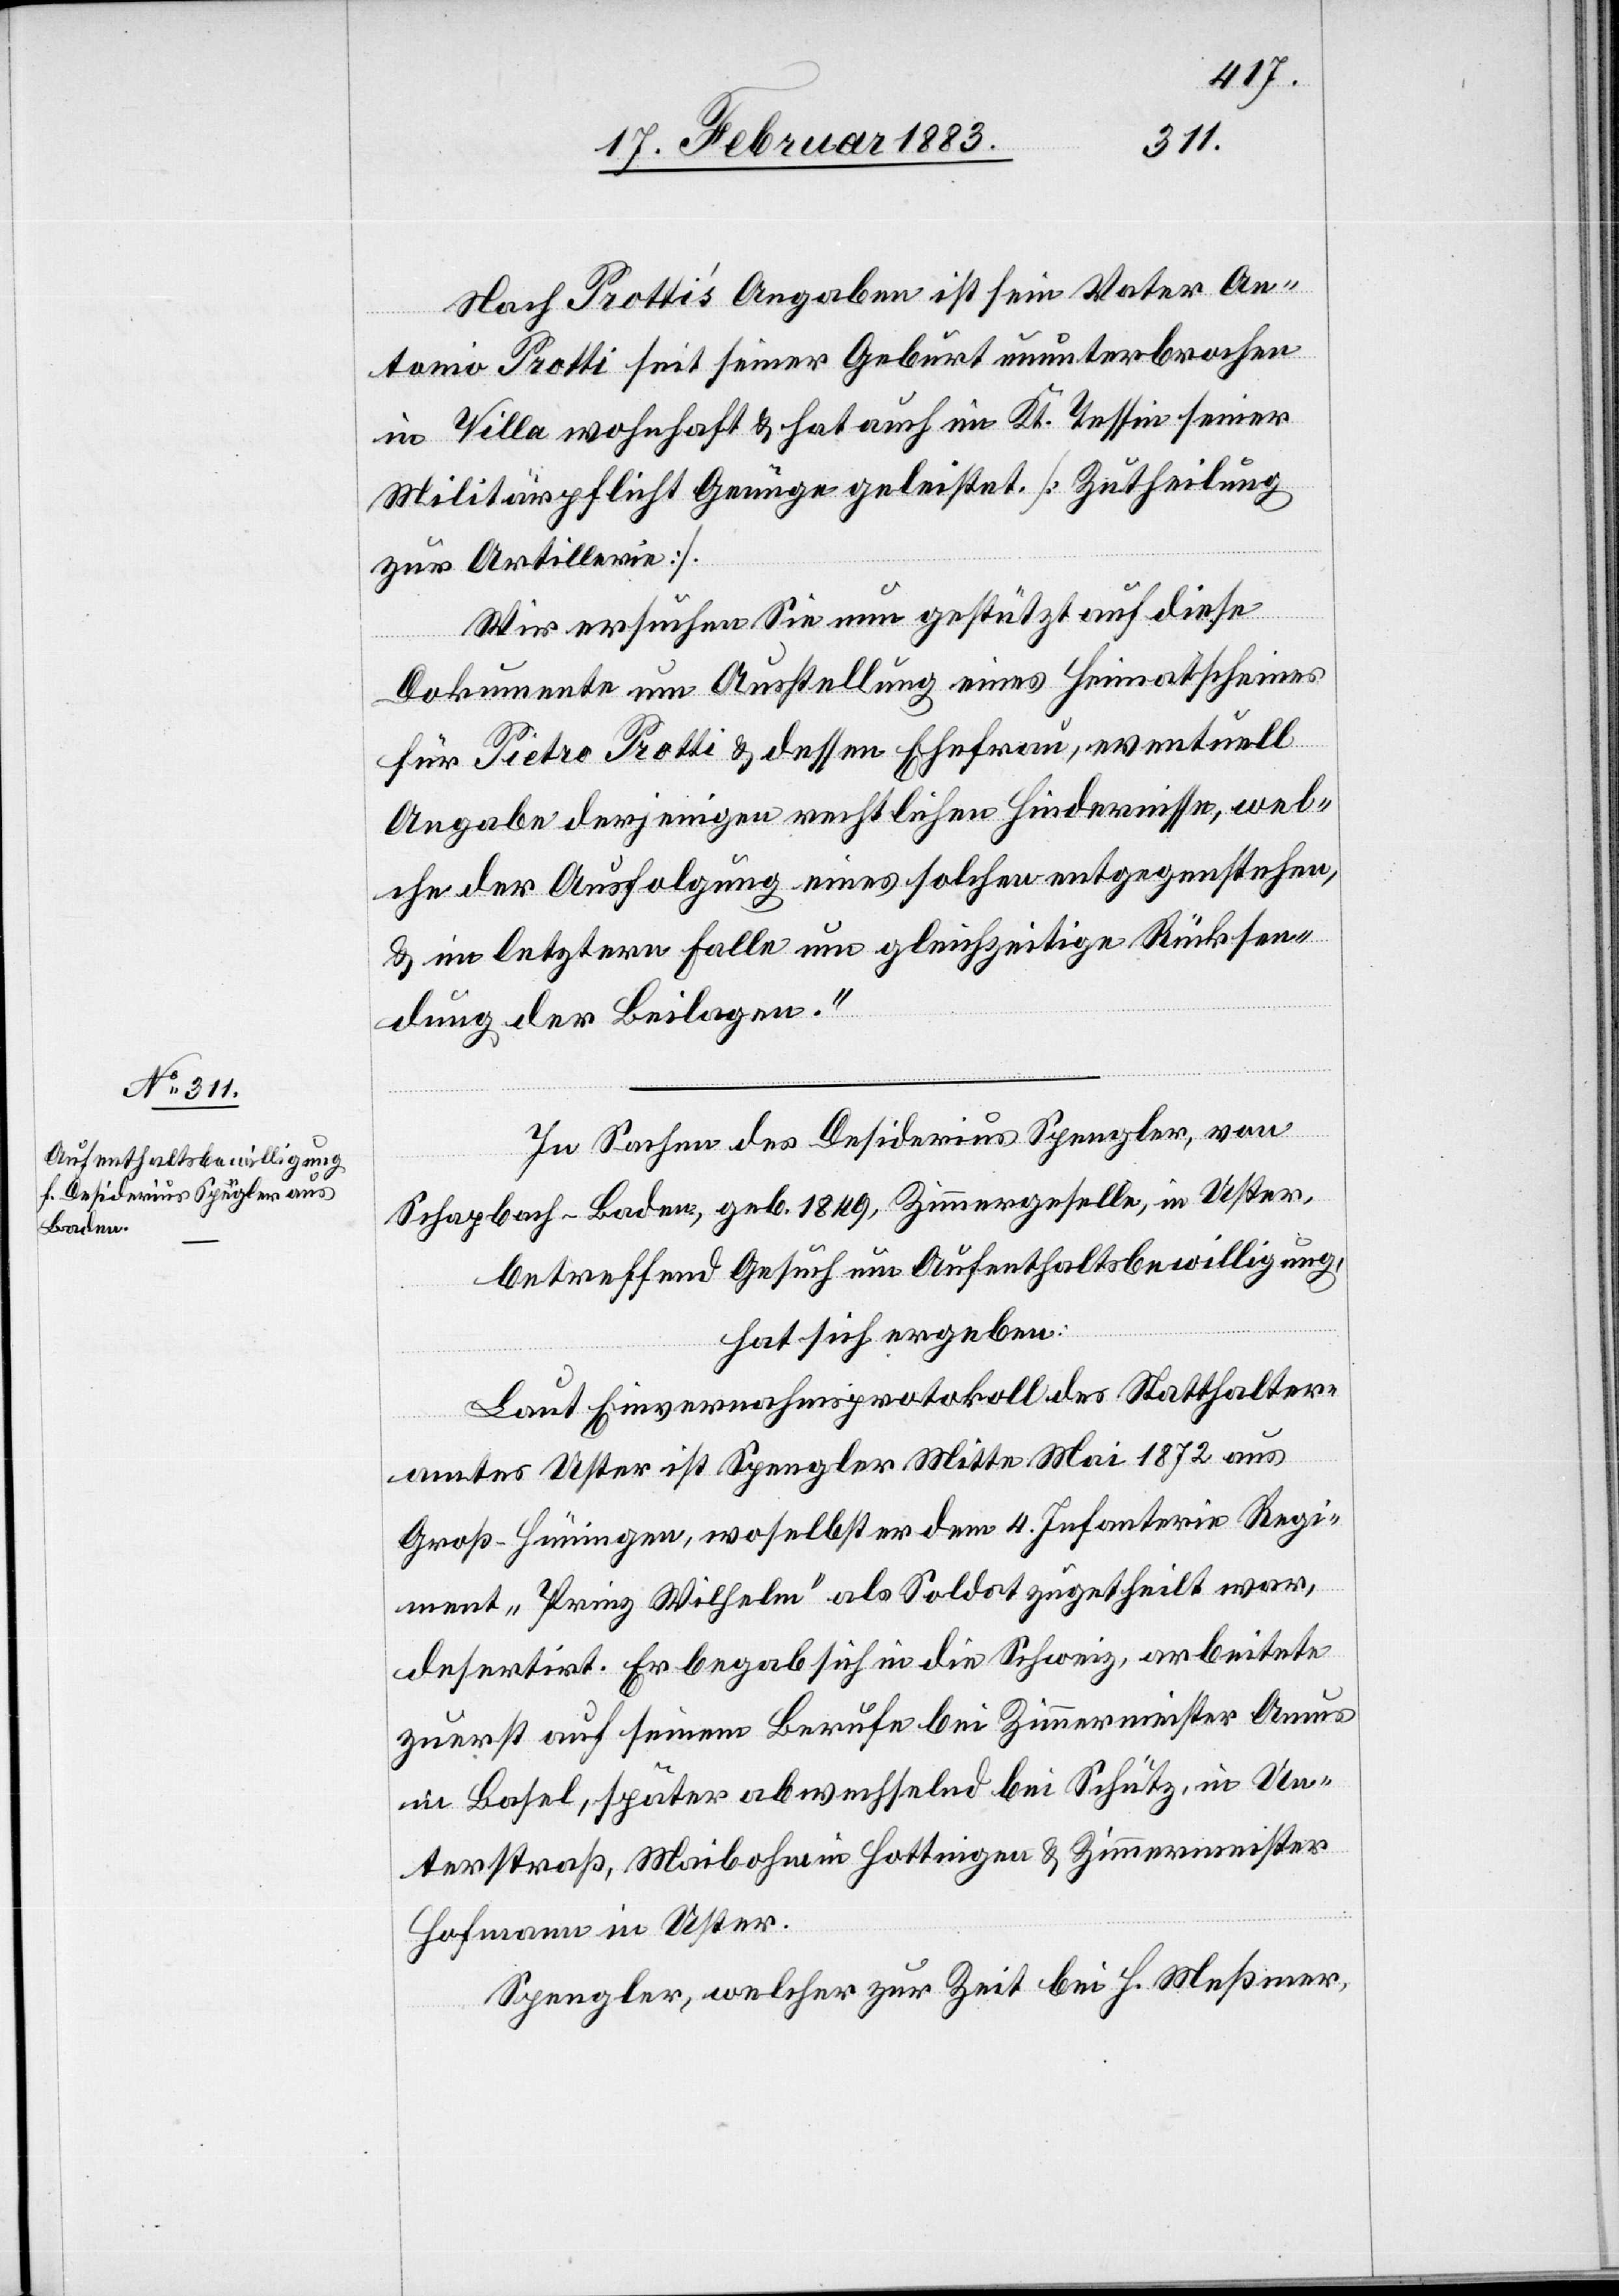
Nach Prottiʼs Angaben ist sein Vater An¬
tonio Protti seit seiner Geburt ununterbrochen
in Villa wohnhaft & hat auch im Kt. Tessin seiner
Militärpflicht Genüge geleistet [Zutheilung
zur Artillerie].
Wir ersuchen Sie nun gestützt auf diese
Dokumente um Ausstellung eines Heimatscheines
für Pietro Protti & dessen Ehefrau, eventuell
Angabe derjenigen rechtlichen Hindernisse, wel¬
che der Ausfolgung eines solchen entgegenstehen,
& im letztern Falle um gleichzeitige Rücksen¬
dung der Beilagen.“
In Sachen des Desiderius Spengler, von
Schlapbach - Baden, geb. 1849, Zimmergeselle, in Uster,
betreffend Gesuch um Aufenthaltsbewilligung,
hat sich ergeben:
Laut Einvernahmsprotokoll des Statthalter¬
amtes Uster ist Spengler Mitte Mai 1872 aus
Groß-Hüningen, woselbst er dem 4. Infanterie Regi¬
ment „Prinz Wilhelm“ als Soldat zugetheilt war,
desertirt. Er begab sich in die Schweiz, arbeitete
zuerst auf seinem Berufe bei Zimmermeister Amus
in Basel, später abwechselnd bei Schütz, in Un¬
terstraß, Maibohm in Hottingen & Zimmermeister
Hofmann in Uster.
Spengler, welcher zur Zeit bei H. Meßmer,